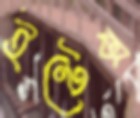
ইন্টেক্স